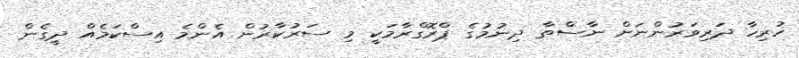
ހުރިހާ ދަރިވަރުންނަށް ނާސްތާ ދިނުމުގެ ޕްރޮގްރާމަކީ މި ސަރުކާރުން އެންމެ އިސްކަމެއް ދީގެން